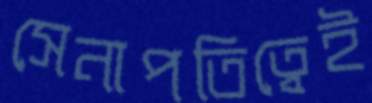
সেনাপতিত্বেই